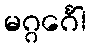
မဂ္ဂင်္ဂေါ